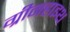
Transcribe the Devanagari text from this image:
ग्रीनहाइथ